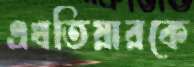
এখতিয়ারকে